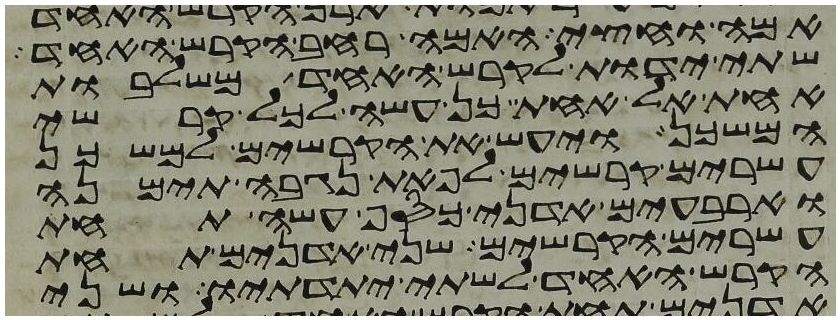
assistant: אמה וחצי האמה רחב הקרש האחד
שתי ידות לקרש האחד משלבות
אחת אל אחת כן עשה לכל קרשי
המשכן ויעש את הקרשים למשכן
עשרים קרשים לפאת נגבה תימנה
וארבעים אדני כסף עשה תחת
עשרים הקרשים שני אדנים תחת
הקרש האחד לשתי יתדתיו ושני